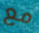
مع